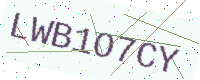
Text: LWB1O7CY